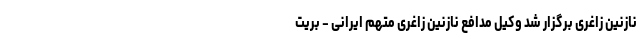
نازنین زاغری برگزار شد وکیل مدافع نازنین زاغری متهم ایرانی - بریت